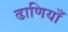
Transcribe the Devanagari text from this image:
ढाणियाँ